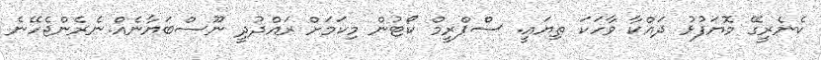
ކެނެރީގޭ މޮޔަފުޅު ދައްކާ ވާހަކަ ތިޔައީ. ސްޕްރީމް ކޯޓުން މިކަމަށް ރައްދުދީ ނޫސްބަޔާނެއް.ނެރެންޖެހޭނެ